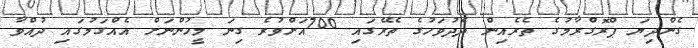
ގެންދިޔަ ޕްރޮގްރާމުގެ ތެރެއިން ދެދުވަހުގެ ތެރޭގައި 700އަށްވުރެ ގިނަ މީހުންނަށް އެއްގަމުގައި ދުއްވާ